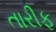
તારીફ